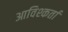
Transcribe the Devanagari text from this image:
आविश्कर्ता